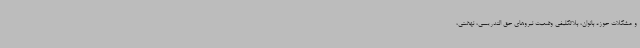
و مشکلات حوزه بانوان، بلاتکلیفی وضعیت نیروهای حق التدریسی، نهضتی،